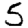
Digit: 5